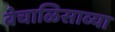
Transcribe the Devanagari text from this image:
बेचाळिसाव्या